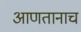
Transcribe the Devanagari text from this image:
आणतानाच